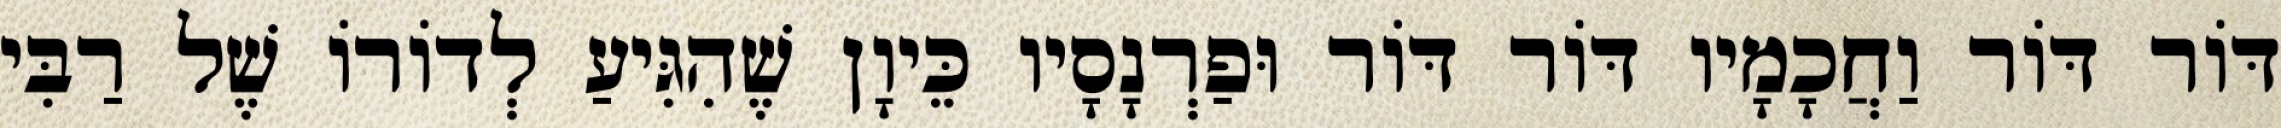
דּוֹר דּוֹר וַחֲכָמָיו דּוֹר דּוֹר וּפַרְנָסָיו כֵּיוָן שֶׁהִגִּיעַ לְדוֹרוֹ שֶׁל רַבִּי